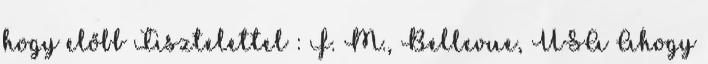
hogy előbb Tisztelettel : F. M., Bellevue, USA Ahogy